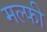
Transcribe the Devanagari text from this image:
मल्फी